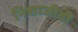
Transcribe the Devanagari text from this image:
निशाजीवी